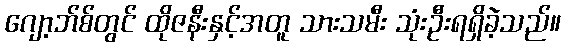
ဂျော့ဘ်စ်တွင် ထိုဇနီးနှင့်အတူ သားသမီး သုံးဦးရရှိခဲ့သည်။